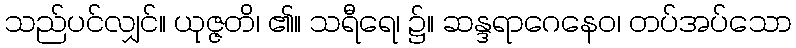
သည်ပင်လျှင်။ ယုဇ္ဇတိ၊ ၏။ သရီရေ၊ ၌။ ဆန္ဒရာဂေနေဝ၊ တပ်အပ်သော